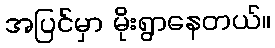
အပြင်မှာ မိုးရွာနေတယ်။